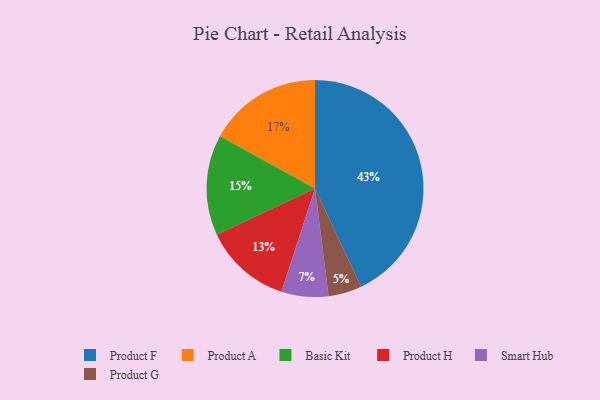
{"axis": {"x": "Category", "y": "Percentage"}, "legend": ["Basic Kit", "Product A", "Product F", "Product G", "Product H", "Smart Hub"], "data": [{"x": "Smart Hub", "y": 7, "type": "Smart Hub"}, {"x": "Product A", "y": 17, "type": "Product A"}, {"x": "Product F", "y": 43, "type": "Product F"}, {"x": "Product H", "y": 13, "type": "Product H"}, {"x": "Basic Kit", "y": 15, "type": "Basic Kit"}, {"x": "Product G", "y": 5, "type": "Product G"}]}